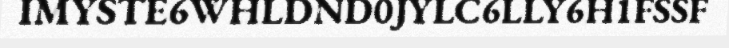
IMYSTE6WHLDND0JYLC6LLY6H1FSSF